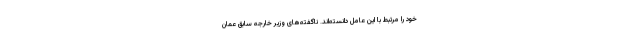
خود را مرتبط با این عامل دانسته‌اند. ناگفته‌های وزیر خارجه سابق عمان